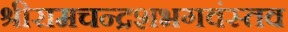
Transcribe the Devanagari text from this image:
श्रीरामचन्द्रशभगवंस्तव